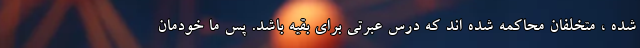
شده ، متخلفان محاکمه شده اند که درس عبرتی برای بقیه باشد. پس ما خودمان